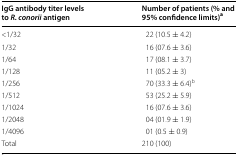
| IgG antibody titer levels to R. conorii antigen | Number of patients (% and 95% confidence limits)a |
 | --- | --- |
 | <1/32 | 22 (10.5 ± 4.2) |
 | 1/32 | 16 (07.6 ± 3.6) |
 | 1/64 | 17 (08.1 ± 3.7) |
 | 1/128 | 11 (05.2 ± 3) |
 | 1/256 | 70 (33.3 ± 6.4)b |
 | 1/512 | 53 (25.2 ± 5.9) |
 | 1/1024 | 16 (07.6 ± 3.6) |
 | 1/2048 | 04 (01.9 ± 1.9) |
 | 1/4096 | 01 (0.5 ± 0.9) |
 | Total | 210 (100) |